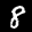
Label: 8